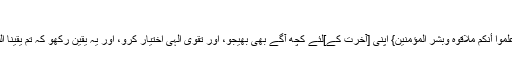
[الحج : 19 - 22]
فرمانِ باری تعالی ہے: {وَقَدِّمُوا لِأَنْفُسِكُمْ وَاتَّقُوا اللَّهَ وَاعْلَمُوا أَنَّكُمْ مُلَاقُوهُ وَبَشِّرِ الْمُؤْمِنِينَ} اپنی [آخرت کے]لئے کچھ آگے بھی بھیجو، اور تقوی الہی اختیار کرو، اور یہ یقین رکھو کہ تم یقینا اللہ سے ملو گے، اور مؤمنوں کو خوشخبری سنا دیں۔